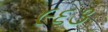
૯૬૩